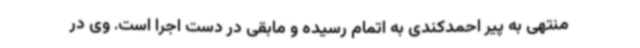
منتهی به پیر احمدکندی به اتمام رسیده و مابقی در دست اجرا است. وی در